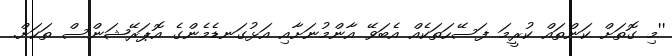
''މި ގޮތަށް ކަންތައް ކުރީމަ ފަސޭހަތަކެއް އެބަވޭ އާންމުނަށާއި އަޅުގަނޑެމެންގެ އޮޕަރޭޝަންސް ތަކަށް.